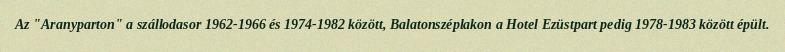
Az "Aranyparton" a szállodasor 1962-1966 és 1974-1982 között, Balatonszéplakon a Hotel Ezüstpart pedig 1978-1983 között épült.